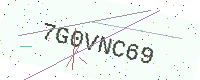
Text: 7G0VNC69